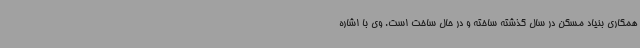
همکاری بنیاد مسکن در سال گذشته ساخته و در حال ساخت است. وی با اشاره